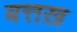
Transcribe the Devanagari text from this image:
बत्तख़